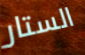
الستار